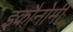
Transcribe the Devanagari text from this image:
इकौनोमी